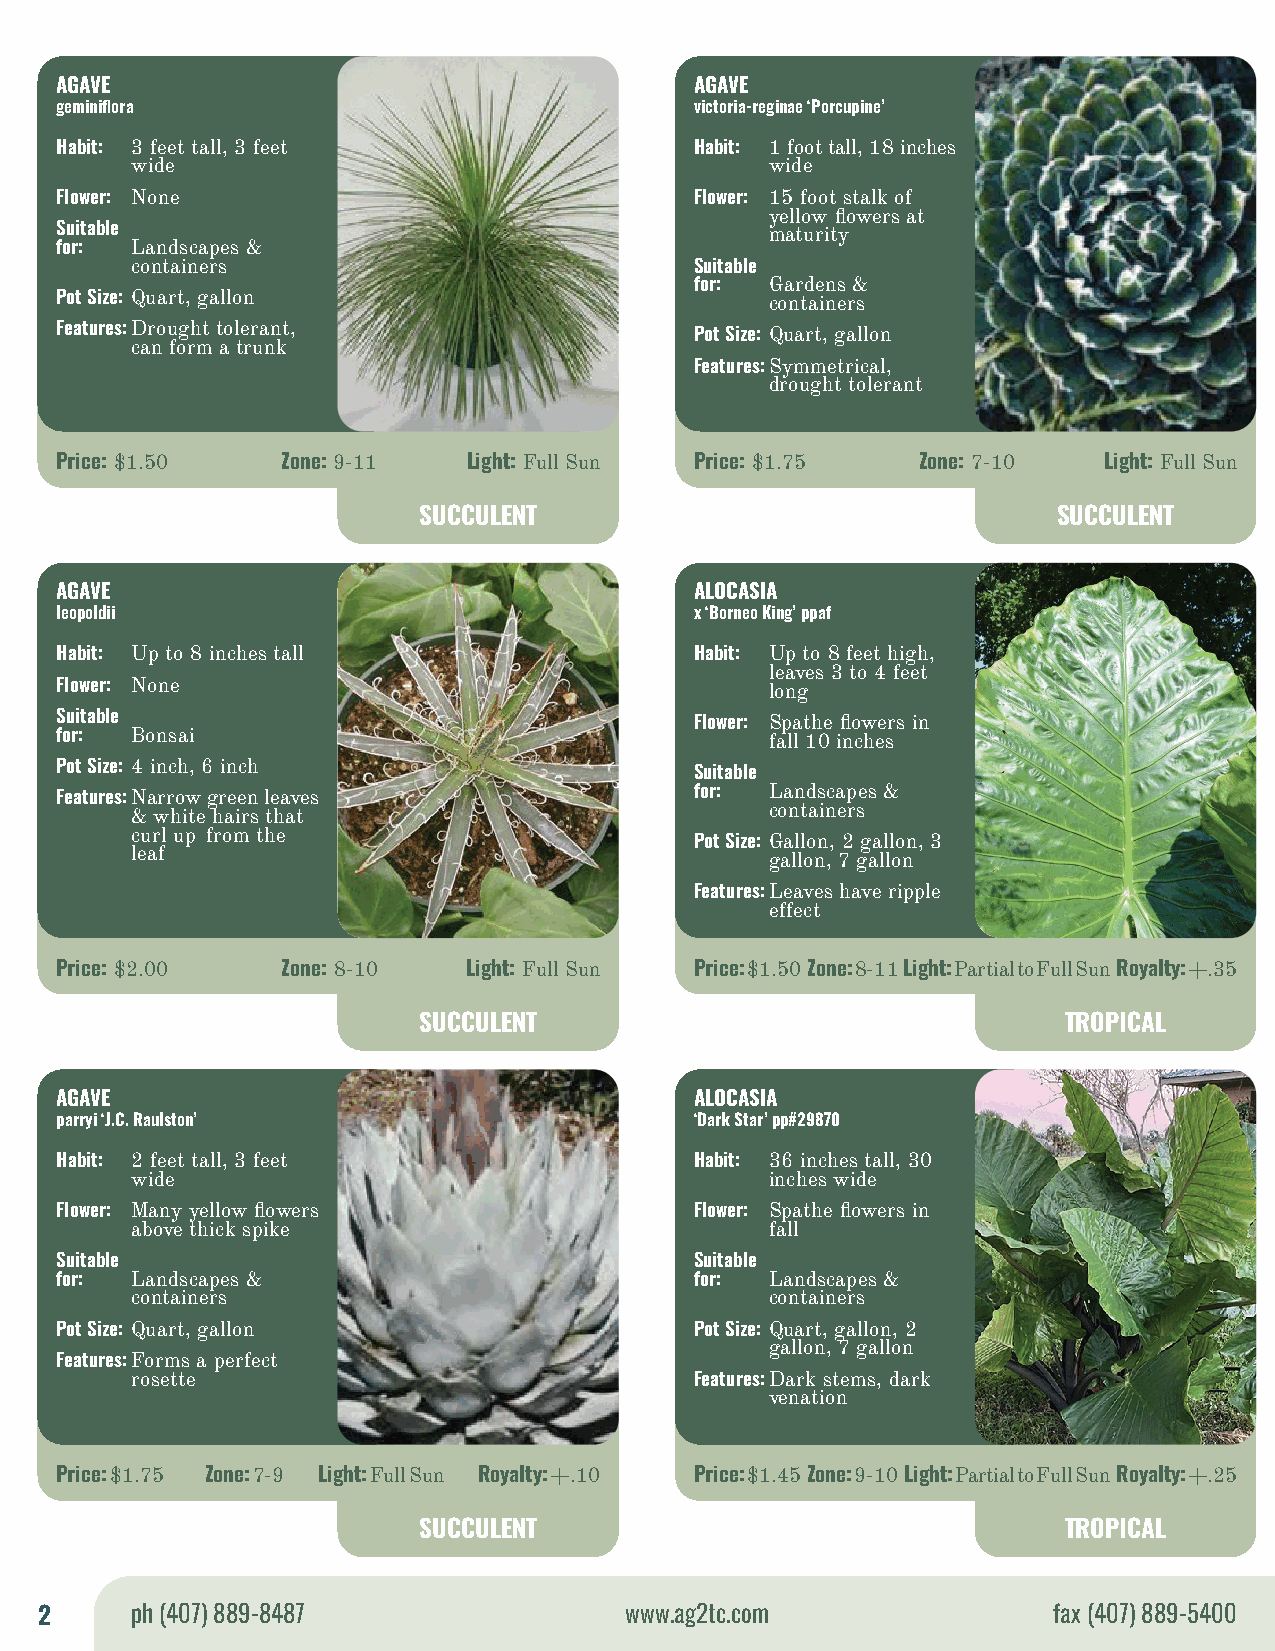
AGAVE                                     AGAVE
 geminiflora                               victoria-reginae ‘Porcupine’
 Habit: 3 feet tall, 3 feet                Habit: 1 foot tall, 18 inches
 wide                                      wide
 Flower: None                              Flower: 15 foot stalk of
 yellow flowers at
 Suitable                                       maturity
 for: Landscapes &
 containers                           Suitable
 for: Gardens &
 Pot Size: Quart, gallon                        containers
 Features: Drought tolerant,               Pot Size: Quart, gallon
 can form a trunk
 Features: Symmetrical,
 drought tolerant
 Price: $1.50   Zone: 9-11  Light: Full Sun Price: $1.75  Zone: 7-10  Light: Full Sun
 SUCCULENT                                 SUCCULENT
 AGAVE                                     ALOCASIA
 leopoldii                                 x ‘Borneo King’ ppaf
 Habit: Up to 8 inches tall                Habit: Up to 8 feet high,
 leaves 3 to 4 feet
 Flower: None                                   long
 Suitable                                  Flower: Spathe flowers in
 for: Bonsai                                    fall 10 inches
 Pot Size: 4 inch, 6 inch                  Suitable
 Features: Narrow green leaves             for: Landscapes &
 & white hairs that                        containers
 curl up from the                     Pot Size: Gallon, 2 gallon, 3
 leaf                                      gallon, 7 gallon
 Features: Leaves have ripple
 effect
 Price: $2.00   Zone: 8-10  Light: Full Sun Price: $1.50 Zone: 8-11 Light: Partial to Full Sun Royalty: +.35
 SUCCULENT                                  TROPICAL
 AGAVE                                     ALOCASIA
 parryi ‘J.C. Raulston’                    ‘Dark Star’ pp#29870
 Habit: 2 feet tall, 3 feet                Habit: 36 inches tall, 30
 wide                                      inches wide
 Flower: Many yellow flowers               Flower: Spathe flowers in
 above thick spike                         fall
 Suitable                                  Suitable
 for: Landscapes &                         for: Landscapes &
 containers                                containers
 Pot Size: Quart, gallon                   Pot Size: Quart, gallon, 2
 gallon, 7 gallon
 Features: Forms a perfect
 rosette                              Features: Dark stems, dark
 venation
 Price: $1.75 Zone: 7-9 Light: Full Sun Royalty: +.10 Price: $1.45 Zone: 9-10 Light: Partial to Full Sun Royalty: +.25
 SUCCULENT                                  TROPICAL
 2      ph (407) 889-8487               www.ag2tc.com                fax (407) 889-5400